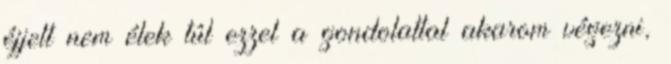
éjjelt nem élek túl ezzel a gondolattal akarom végezni,